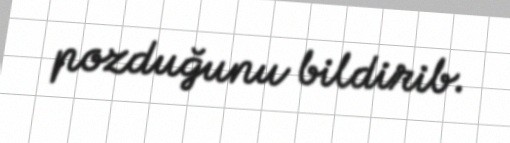
pozduğunu bildirib.